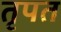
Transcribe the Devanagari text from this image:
तृपत